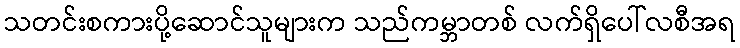
သတင်းစကားပို့ဆောင်သူများက သည်ကမ္ဘာတစ် လက်ရှိပေါ်လစီအရ